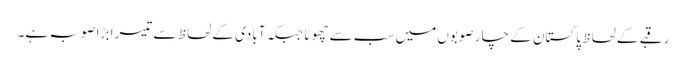
رقبے کے لحاظ پاکستان کے چار صوبوں میں سب سے چھوٹا جبکہ آبادی کے لحاظ سے تیسرا بڑا صوبہ ہے۔